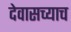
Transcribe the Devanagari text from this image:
देवासच्याच